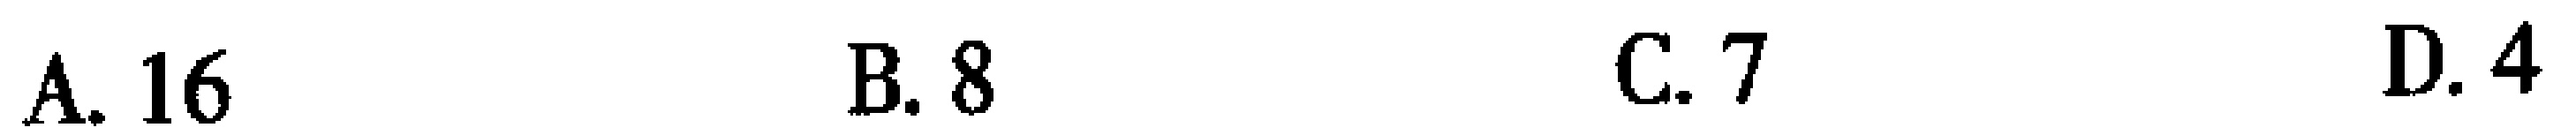
A. 16\quad B. 8\quad C. 7\quad D. 4